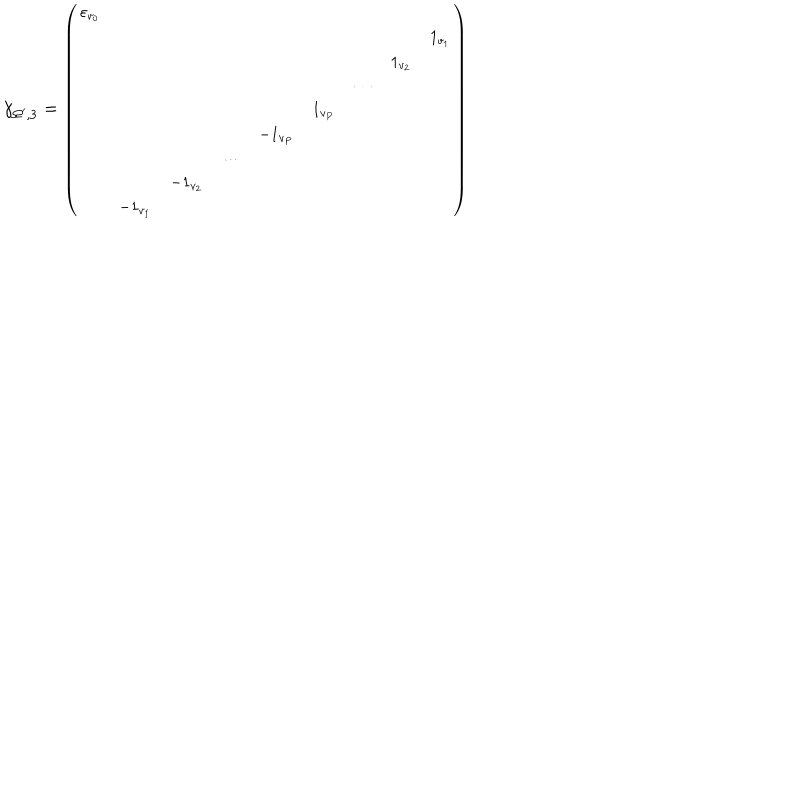
\gamma _ { \Omega ^ { \prime } , 3 } = { \small \left( \begin{array} { c c c c c c c c c } { { \varepsilon _ { v _ { 0 } } } } & { { } } & { { } } & { { } } & { { } } & { { } } & { { } } & { { } } & { { } } \\ { { } } & { { } } & { { } } & { { } } & { { } } & { { } } & { { } } & { { } } & { { 1 _ { v _ { 1 } } } } \\ { { } } & { { } } & { { } } & { { } } & { { } } & { { } } & { { } } & { { 1 _ { v _ { 2 } } } } & { { } } \\ { { } } & { { } } & { { } } & { { } } & { { } } & { { } } & { { \cdots } } & { { } } & { { } } \\ { { } } & { { } } & { { } } & { { } } & { { } } & { { 1 _ { v _ { P } } } } & { { } } & { { } } & { { } } \\ { { } } & { { } } & { { } } & { { } } & { { - 1 _ { v _ { P } } } } & { { } } & { { } } & { { } } & { { } } \\ { { } } & { { } } & { { } } & { { \cdots } } & { { } } & { { } } & { { } } & { { } } & { { } } \\ { { } } & { { } } & { { - 1 _ { v _ { 2 } } } } & { { } } & { { } } & { { } } & { { } } & { { } } & { { } } \\ { { } } & { { - 1 _ { v _ { 1 } } } } & { { } } & { { } } & { { } } & { { } } & { { } } & { { } } & { { } } \\ \end{array} \right) }